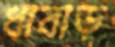
ধাবাড়